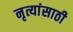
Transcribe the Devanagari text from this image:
नृत्यांसाठी